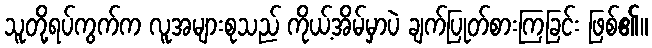
သူတို့ရပ်ကွက်က လူအများစုသည် ကိုယ့်အိမ်မှာပဲ ချက်ပြုတ်စားကြခြင်း ဖြစ်၏။